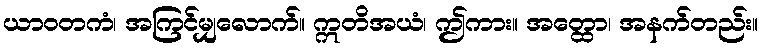
ယာဝတကံ၊ အကြင်မျှလောက်။ ဣတိအယံ၊ ဤကား။ အတ္ထော၊ အနက်တည်း။